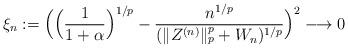
LaTeX: \begin{align*} \xi_n := \Big(\Big(\frac{1}{1+\alpha}\Big)^{1/p} - \frac{n^{1/p}}{(\lVert Z^{(n)} \rVert_p^p + W_n)^{1/p}}\Big)^2 \longrightarrow 0\end{align*}